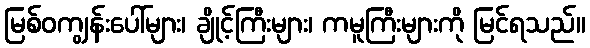
မြစ်ဝကျွန်းပေါ်များ၊ ချိုင့်ကြီးများ၊ ကမူကြီးများကို မြင်ရသည်။